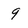
Character: 9